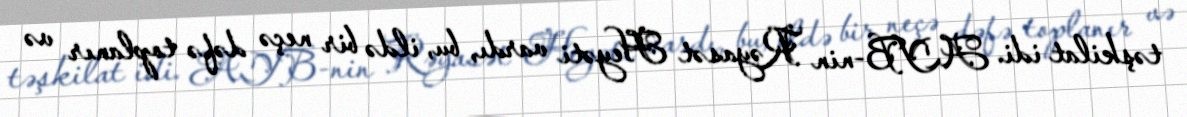
təşkilat idi. AYB-nin Rəyasət Heyəti vardı, bu, ildə bir neçə dəfə toplanır və